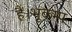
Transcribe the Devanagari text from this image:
हैं।भूकम्प